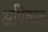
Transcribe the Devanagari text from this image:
अपिकल